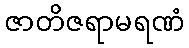
ဇာတိဇရာမရဏံ